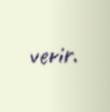
verir.